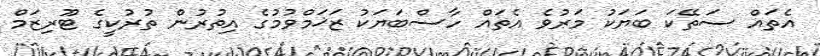
އެތައް ސަތޭކަ ބަޔަކު މަރުވެ އެތައް ހާސްބަޔަކު ޒަޚަމްވުމުގެ އިތުރުން ތުރުކީގެ ޓޫރިޒަމް